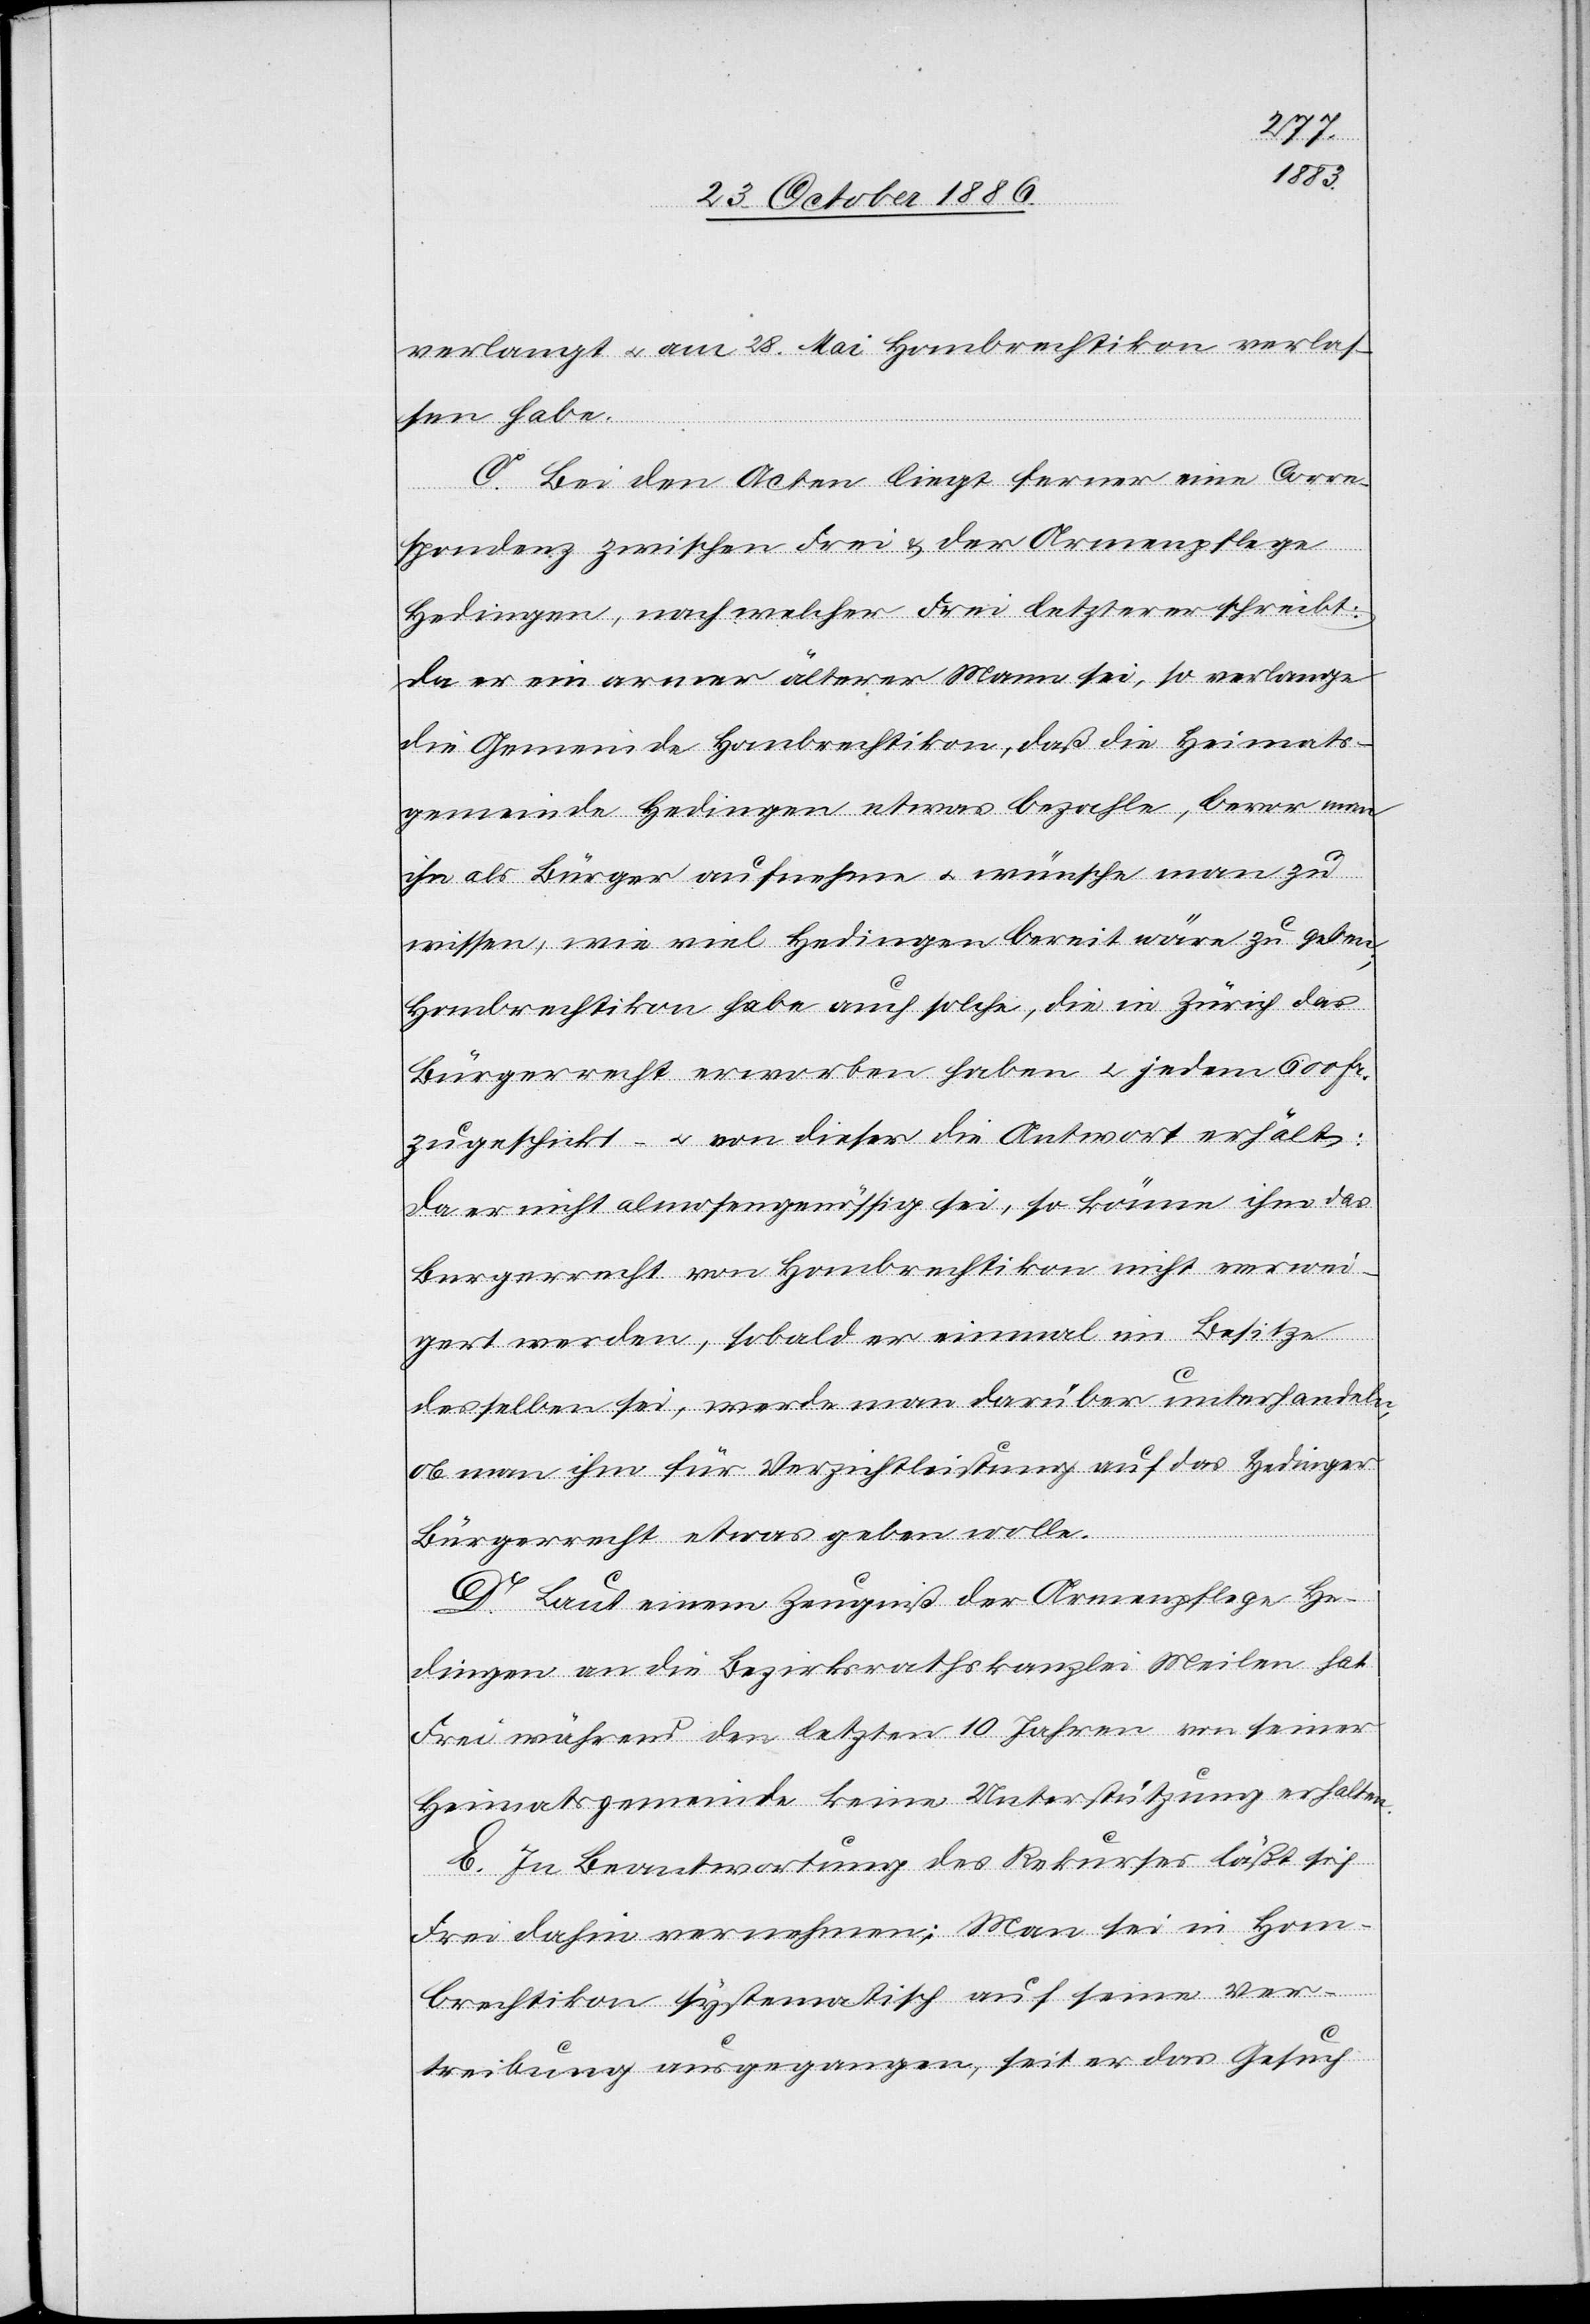
verlangt & am 28. Mai Hombrechtikon verlas¬
sen habe.
C. Bei den Acten liegt ferner eine Corre¬
spondenz zwischen Frei & der Armenpflege
Hedingen, nach welcher Frei letzterer schreibt:
Da er ein armer älterer Mann sei, so verlange
die Gemeinde Hombrechtikon, daß die Heimats¬
gemeinde Hedingen etwas bezahle, bevor man
ihn als Bürger aufnehme & wünsche man zu
wissen, wie viel Hedingen bereit wäre zu geben;
Hombrechtikon habe auch solche, die in Zürich das
Bürgerrecht erworben haben & jedem 600 Fr.
zugesichert – & von dieser die Antwort erhält:
Da er nicht almosengenössig sei, so könne ihm das
Burgerrecht [sic!] von Hombrechtikon nicht verwei¬
gert werden, sobald er einmal im Besitze
desselben sei, werde man darüber unterhandeln,
ob man ihm für Verzichtleistung auf das Hedinger
Bürgerrecht etwas geben wolle.
D. Laut einem Zeugniß der Armenpflege He¬
dingen an die Bezirksrathskanzlei Meilen hat
Frei während den letzten 10 Jahren von seiner
Heimatsgemeinde keine Unterstützung erhalten.
E. In Beantwortung des Rekurses läßt sich
Frei dahin vernehmen: Man sei in Hom¬
brechtikon systematisch auf seine Ver¬
treibung ausgegangen, seit er das Gesuch